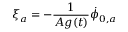
\xi _ { a } = - \frac { 1 } { A g ( t ) } \dot { \phi } _ { 0 , a }